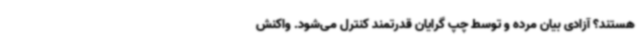
هستند؟ آزادی بیان مرده و توسط چپ گرایان قدرتمند کنترل می‌شود. واکنش